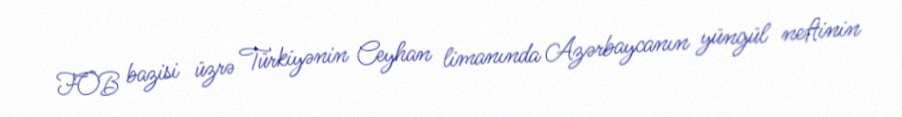
FOB bazisi üzrə Türkiyənin Ceyhan limanında Azərbaycanın yüngül neftinin